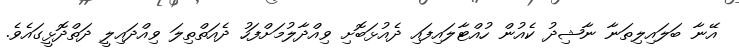
އޭނާ ބަލައިލިތަނާ ނާޝިދު ކެއުން ހުއްޓާލައިފައި ދެއުޅަބޮށި ވިއްދާލުމަށްފަހު ދެއަތްތިލަ ވިއްދައިލީ ދަތްދޮޅީގައެވެ.